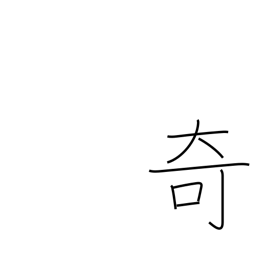
Meaning: curiosity